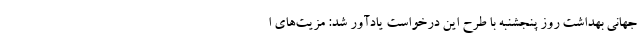
جهانی بهداشت روز پنجشنبه با طرح این درخواست یادآور شد: مزیت‌های ا